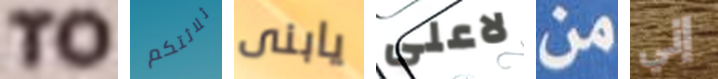
TO ثلاثتكم يابنى لاعلى من إني